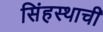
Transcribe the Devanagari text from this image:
सिंहस्थाची